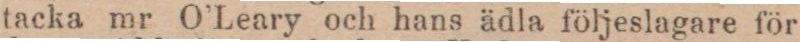
tacka mr O’Leary och hans ädla följeslagare för